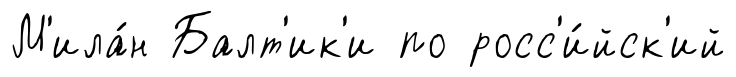
М'ила́н Балт'ик'и по росс'и́йск'ий